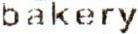
BAKERY